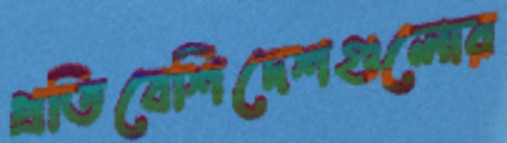
প্রতিবেশিদেশগুলোর